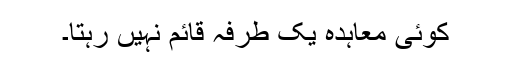
کوئی معاہدہ یک طرفہ قائم نہیں رہتا۔